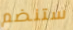
ستنضم